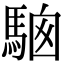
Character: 𩣢